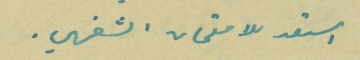
استعد للامتحان الشفهي.